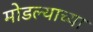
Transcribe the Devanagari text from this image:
मोडल्याच्या